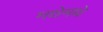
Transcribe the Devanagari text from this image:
मधेमधे